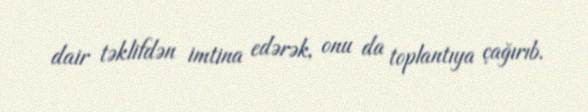
dair təklifdən imtina edərək, onu da toplantıya çağırıb.